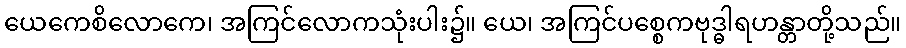
ယေကေစိလောကေ၊ အကြင်လောကသုံးပါး၌။ ယေ၊ အကြင်ပစ္စေကဗုဒ္ဓါရဟန္တာတို့သည်။